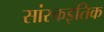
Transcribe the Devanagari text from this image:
सांस्कइतिक